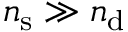
n _ { \mathrm { s } } \gg n _ { \mathrm { d } }